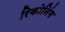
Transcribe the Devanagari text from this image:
रिकोनिंग